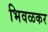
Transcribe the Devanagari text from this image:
भिवळकर